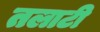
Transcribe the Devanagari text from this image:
तलाटी